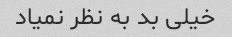
خیلی بد به نظر نمیاد